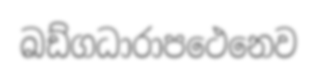
ඛඩ්ගධාරාපථෙනෙව